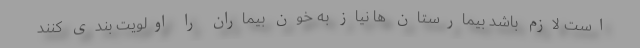
است لازم باشد بیمارستان ها نیاز به خون بیماران را اولویت بندی کنند